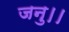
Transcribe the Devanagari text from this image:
जनु।।